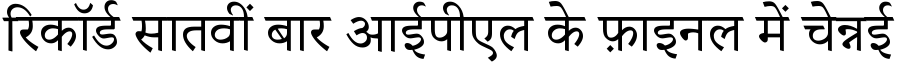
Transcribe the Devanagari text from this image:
रिकॉर्ड सातवीं बार आईपीएल के फ़ाइनल में चेन्नई